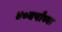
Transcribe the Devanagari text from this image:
४०वर्षांच्या